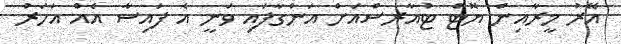
އޭރު މީރާއިން ޔޮޓް ޓުއާރސްއަށް އަންގާފައި ވަނީ އެ ފައިސާ އެއް އަހަރު